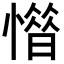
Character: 𢡽